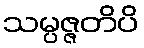
သမ္ပဇ္ဇတိပိ